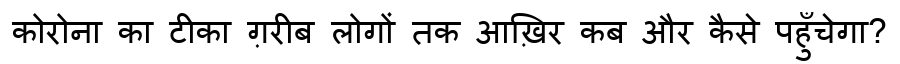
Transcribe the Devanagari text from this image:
कोरोना का टीका ग़रीब लोगों तक आख़िर कब और कैसे पहुँचेगा?